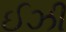
ઈઝી